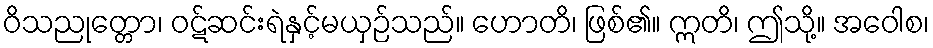
ဝိသညုတ္တော၊ ဝဋ်ဆင်းရဲနှင့်မယှဉ်သည်။ ဟောတိ၊ ဖြစ်၏။ ဣတိ၊ ဤသို့။ အဝေါစ၊